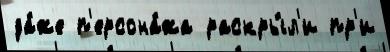
да́же п'ерсона́жа раскры́л'и пр'и